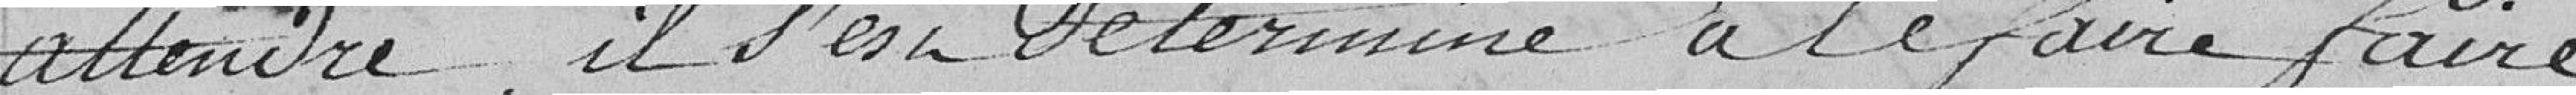
entendre, il va déterminé à le faire faire